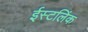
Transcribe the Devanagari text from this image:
ईस्टलिंक